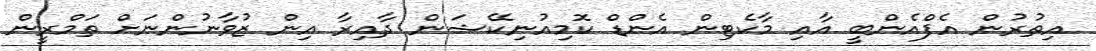
އިތުރުން އެފްއެންބީ އާއި މާކެޓިން އެންޑް ކޮމިއުނިކޭޝަން ދާއިރާ އިން ޒުވާނުންނަށް ތަމްރީން